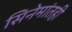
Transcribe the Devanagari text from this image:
सिनेमांतही